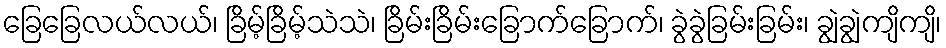
ခြေခြေလယ်လယ်၊ ခြိမ့်ခြိမ့်သဲသဲ၊ ခြိမ်းခြိမ်းခြောက်ခြောက်၊ ခွဲခွဲခြမ်းခြမ်း၊ ချွဲချွဲကျိကျိ၊